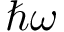
\hbar \omega